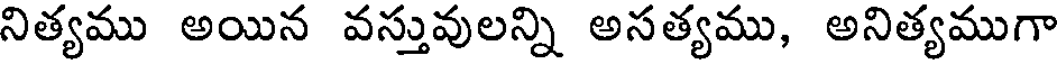
నిత్యము అయిన వస్తువులన్ని అసత్యము, అనిత్యముగా